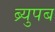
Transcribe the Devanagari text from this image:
ब्र्युपब